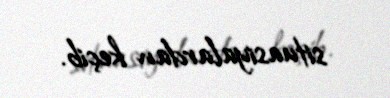
situasiyalardan keçib.